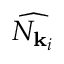
\widehat { N _ { { \mathbf { k } } _ { i } } }